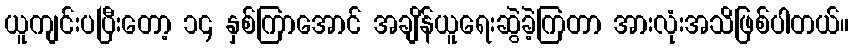
ယူကျင်းပပြီးတော့ ၁၄ နှစ်ကြာအောင် အချိန်ယူရေးဆွဲခဲ့ကြတာ အားလုံးအသိဖြစ်ပါတယ်။